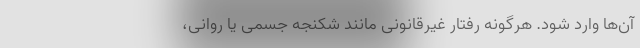
آن‌ها وارد شود. هرگونه رفتار غیرقانونی مانند شکنجه جسمی یا روانی،